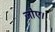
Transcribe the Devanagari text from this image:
जोए।